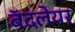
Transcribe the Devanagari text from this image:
बॅदलेयर